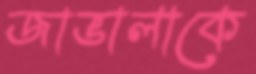
জাভালাকে